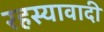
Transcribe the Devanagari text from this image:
रहस्यावादी